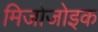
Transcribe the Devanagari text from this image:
मिजोजोइक